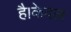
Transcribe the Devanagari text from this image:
है।केवल